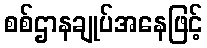
စစ်ဌာနချုပ်အနေဖြင့်